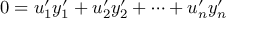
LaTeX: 0 = u _ { 1 } ^ { \prime } y _ { 1 } ^ { \prime } + u _ { 2 } ^ { \prime } y _ { 2 } ^ { \prime } + \cdots + u _ { n } ^ { \prime } y _ { n } ^ { \prime }